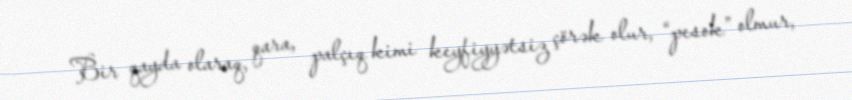
Bir qayda olaraq, qara, palçıq kimi keyfiyyətsiz çörək olur, “pesok” olmur,